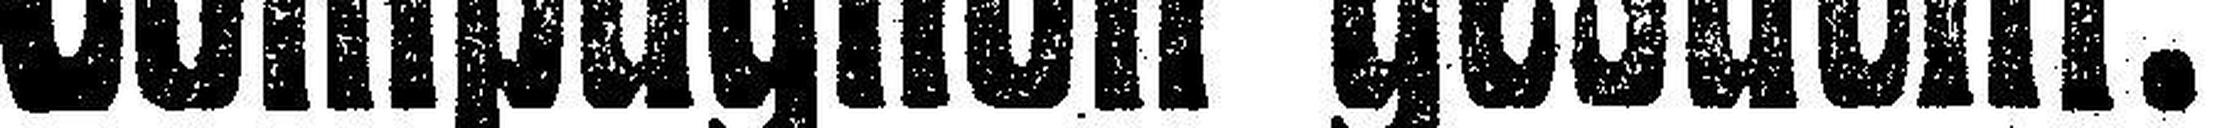
Compagnon gesucht.